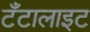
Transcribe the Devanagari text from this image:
टँटालाइट